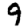
Digit: 9